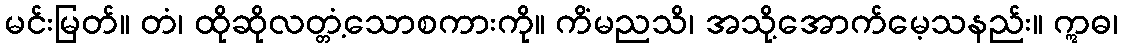
မင်းမြတ်။ တံ၊ ထိုဆိုလတ္တံ့သောစကားကို။ ကိံမညသိ၊ အသို့အောက်မေ့သနည်း။ ဣဓ၊